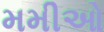
મમીઓ